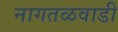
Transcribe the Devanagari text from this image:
नागतळवाडी